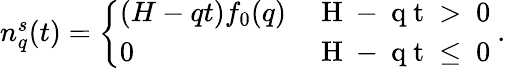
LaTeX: \begin{array}{r}{n_{q}^{s}(t)=\left\{ \begin{array}{ll}{(H-qt)f_{0}(q)}&{\mathrm{~H~-~q~t~>~0~}}\\ {0}&{\mathrm{~H~-~q~t~\leq~0~}}\end{array}\right..}\end{array}